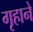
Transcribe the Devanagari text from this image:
गृहाने